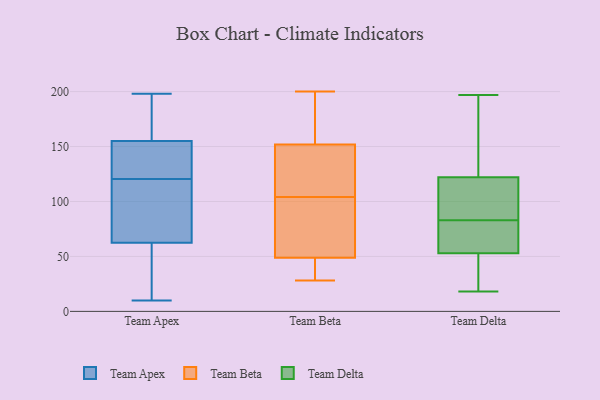
{"axis": {"x": "Active Users", "y": "Value"}, "legend": ["Team Apex", "Team Beta", "Team Delta"], "data": [{"x": "", "y": 21, "type": "Team Apex"}, {"x": "", "y": 108, "type": "Team Apex"}, {"x": "", "y": 15, "type": "Team Apex"}, {"x": "", "y": 106, "type": "Team Apex"}, {"x": "", "y": 130, "type": "Team Apex"}, {"x": "", "y": 192, "type": "Team Apex"}, {"x": "", "y": 198, "type": "Team Apex"}, {"x": "", "y": 77, "type": "Team Apex"}, {"x": "", "y": 48, "type": "Team Apex"}, {"x": "", "y": 164, "type": "Team Apex"}, {"x": "", "y": 158, "type": "Team Apex"}, {"x": "", "y": 10, "type": "Team Apex"}, {"x": "", "y": 11, "type": "Team Apex"}, {"x": "", "y": 111, "type": "Team Apex"}, {"x": "", "y": 152, "type": "Team Apex"}, {"x": "", "y": 152, "type": "Team Apex"}, {"x": "", "y": 169, "type": "Team Apex"}, {"x": "", "y": 96, "type": "Team Apex"}, {"x": "", "y": 149, "type": "Team Apex"}, {"x": "", "y": 147, "type": "Team Apex"}, {"x": "", "y": 73, "type": "Team Beta"}, {"x": "", "y": 49, "type": "Team Beta"}, {"x": "", "y": 104, "type": "Team Beta"}, {"x": "", "y": 192, "type": "Team Beta"}, {"x": "", "y": 42, "type": "Team Beta"}, {"x": "", "y": 132, "type": "Team Beta"}, {"x": "", "y": 28, "type": "Team Beta"}, {"x": "", "y": 200, "type": "Team Beta"}, {"x": "", "y": 110, "type": "Team Beta"}, {"x": "", "y": 79, "type": "Team Beta"}, {"x": "", "y": 41, "type": "Team Beta"}, {"x": "", "y": 198, "type": "Team Beta"}, {"x": "", "y": 140, "type": "Team Beta"}, {"x": "", "y": 151, "type": "Team Beta"}, {"x": "", "y": 67, "type": "Team Beta"}, {"x": "", "y": 48, "type": "Team Beta"}, {"x": "", "y": 154, "type": "Team Beta"}, {"x": "", "y": 86, "type": "Team Delta"}, {"x": "", "y": 58, "type": "Team Delta"}, {"x": "", "y": 56, "type": "Team Delta"}, {"x": "", "y": 40, "type": "Team Delta"}, {"x": "", "y": 25, "type": "Team Delta"}, {"x": "", "y": 69, "type": "Team Delta"}, {"x": "", "y": 189, "type": "Team Delta"}, {"x": "", "y": 80, "type": "Team Delta"}, {"x": "", "y": 50, "type": "Team Delta"}, {"x": "", "y": 161, "type": "Team Delta"}, {"x": "", "y": 128, "type": "Team Delta"}, {"x": "", "y": 112, "type": "Team Delta"}, {"x": "", "y": 24, "type": "Team Delta"}, {"x": "", "y": 75, "type": "Team Delta"}, {"x": "", "y": 197, "type": "Team Delta"}, {"x": "", "y": 190, "type": "Team Delta"}, {"x": "", "y": 18, "type": "Team Delta"}, {"x": "", "y": 116, "type": "Team Delta"}, {"x": "", "y": 87, "type": "Team Delta"}, {"x": "", "y": 95, "type": "Team Delta"}]}